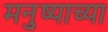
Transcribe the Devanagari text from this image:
मनु्ष्याच्या